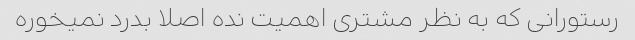
رستورانی که به نظر مشتری اهمیت نده اصلا بدرد نمیخوره